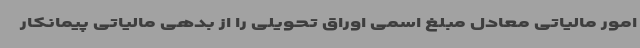
امور مالیاتی معادل مبلغ اسمی اوراق تحویلی را از بدهی مالیاتی پیمانکار